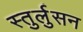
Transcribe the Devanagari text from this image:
स्तुर्लुसन